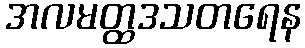
အလမတ္ထဒသတရေန